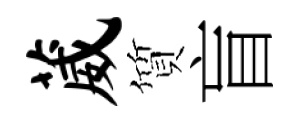
葳質盲